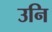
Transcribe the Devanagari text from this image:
उनि